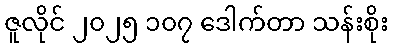
ဇူလိုင် ၂၀၂၅ ၁၀၇ ဒေါက်တာ သန်းစိုး